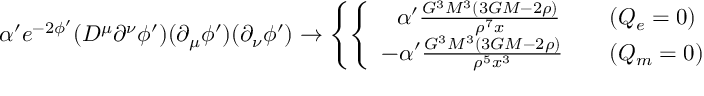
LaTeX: \alpha ^ { \prime } e ^ { - 2 \phi ^ { \prime } } ( D ^ { \mu } \partial ^ { \nu } \phi ^ { \prime } ) ( \partial _ { \mu } \phi ^ { \prime } ) ( \partial _ { \nu } \phi ^ { \prime } ) \rightarrow \left\{ \left\{ \begin{array} { l l } { { ~ ~ \alpha ^ { \prime } \frac { G ^ { 3 } M ^ { 3 } ( 3 G M - 2 \rho ) } { \rho ^ { 7 } x } ~ ~ ~ } } & { { ( Q _ { e } = 0 ) } } \\ { { - \alpha ^ { \prime } \frac { G ^ { 3 } M ^ { 3 } ( 3 G M - 2 \rho ) } { \rho ^ { 5 } x ^ { 3 } } ~ ~ ~ } } & { { ( Q _ { m } = 0 ) } } \end{array} \right. \right.